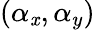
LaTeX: (\alpha_{\mathit{x}},\alpha_{y})